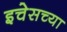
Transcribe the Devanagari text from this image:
इचेसच्या